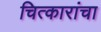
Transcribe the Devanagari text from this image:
चित्कारांचा